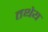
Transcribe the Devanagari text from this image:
तथेय